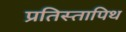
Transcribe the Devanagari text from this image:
प्रतिस्तापिथ